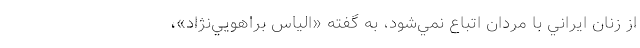
از زنان ايراني با مردان اتباع نمي‌شود، به گفته «الياس براهويي‌نژاد»،